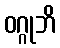
ဝဂ္ဂုဘိ